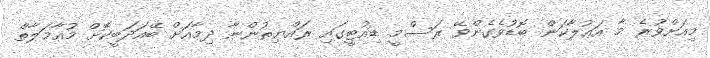
މިއަށްވުރެ މާ އަޢުލާކަން ބޮޑުވެގެންވޭ ރަސްމީ ޑިއުޓީގައި ރައްޔިތުންނާ ދިމާއަށް ބޭއަދަބީކޮށް މުއާމަލާތް